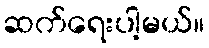
ဆက်ရေးပါ့မယ်။